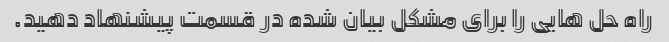
راه حل هایی را برای مشکل بیان شده در قسمت پیشنهاد دهید.